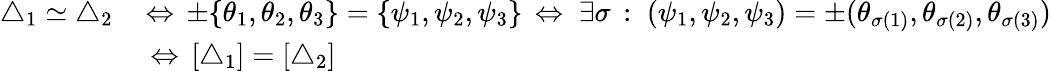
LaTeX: \begin{array}{rl}{{\triangle}_{1}{\; \simeq\; }{\triangle}_{2}\, }&{\Leftrightarrow\, \pm\{ \theta_{1},\theta_{2},\theta_{3}\} =\{ \psi_{1},\psi_{2},\psi_{3}\} \, \Leftrightarrow\; \exists\sigma\, :\; (\psi_{1},\psi_{2},\psi_{3})=\pm(\theta_{\sigma(1)},\theta_{\sigma(2)},\theta_{\sigma(3)})}\\ &{\, \Leftrightarrow\, [{\triangle}_{1}]=[{\triangle}_{2}]}\end{array}